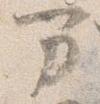
万